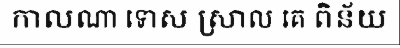
កាលណា ទោស ស្រាល គេ ពិន័យ